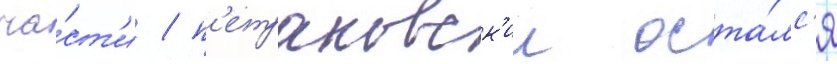
ча́ст'и / п'етраковск'ии оста́лс'я